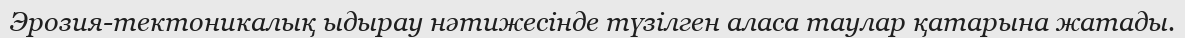
Эрозия-тектоникалық ыдырау нәтижесінде түзілген аласа таулар қатарына жатады.